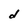
Character: d